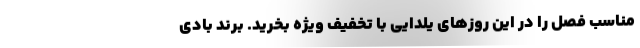
مناسب فصل را در این روزهای یلدایی با تخفیف ویژه بخرید. برند بادی